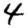
Digit: 4